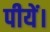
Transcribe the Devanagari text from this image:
पीयें।